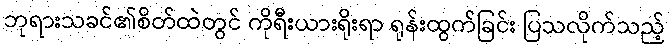
ဘုရားသခင်၏စိတ်ထဲတွင် ကိုရီးယားရိုးရာ ရုန်းထွက်ခြင်း ပြသလိုက်သည့်